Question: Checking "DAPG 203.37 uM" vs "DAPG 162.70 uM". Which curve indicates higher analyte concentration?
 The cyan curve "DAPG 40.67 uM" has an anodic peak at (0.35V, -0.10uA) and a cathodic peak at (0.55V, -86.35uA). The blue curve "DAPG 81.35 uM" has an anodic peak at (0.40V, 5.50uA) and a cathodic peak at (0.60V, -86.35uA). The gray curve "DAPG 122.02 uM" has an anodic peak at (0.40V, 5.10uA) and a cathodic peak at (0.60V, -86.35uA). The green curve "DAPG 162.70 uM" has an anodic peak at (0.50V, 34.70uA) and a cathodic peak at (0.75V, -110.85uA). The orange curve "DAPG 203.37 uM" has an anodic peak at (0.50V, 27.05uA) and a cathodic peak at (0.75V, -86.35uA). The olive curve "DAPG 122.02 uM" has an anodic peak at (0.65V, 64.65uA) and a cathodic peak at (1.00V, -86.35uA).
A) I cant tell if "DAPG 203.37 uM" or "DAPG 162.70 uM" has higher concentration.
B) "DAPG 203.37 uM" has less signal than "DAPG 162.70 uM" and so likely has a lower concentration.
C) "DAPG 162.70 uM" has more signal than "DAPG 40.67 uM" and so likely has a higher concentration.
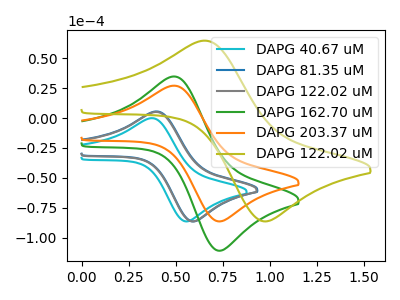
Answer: <think>All the peaks in "DAPG 203.37 uM" have a peak in "DAPG 162.70 uM" at the same potential. Every peak in "DAPG 203.37 uM" is lower than every peak in "DAPG 162.70 uM".
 </think>
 <answer>B) "DAPG 203.37 uM" has less signal than "DAPG 162.70 uM" and so likely has a lower concentration.</answer>
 <eval>B</eval>